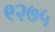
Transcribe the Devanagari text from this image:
९२७५